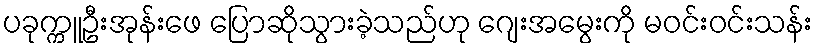
ပခုက္ကူဦးအုန်းဖေ ပြောဆိုသွားခဲ့သည်ဟု ဂျေးအမွေးကို မဝင်းဝင်းသန်း